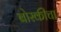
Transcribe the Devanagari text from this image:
बोस्कीचा